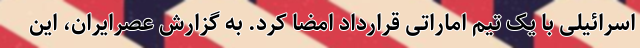
اسرائیلی با یک تیم اماراتی قرارداد امضا کرد. به گزارش عصرایران، این